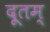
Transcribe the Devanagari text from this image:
दूतम्‌